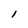
Character: i